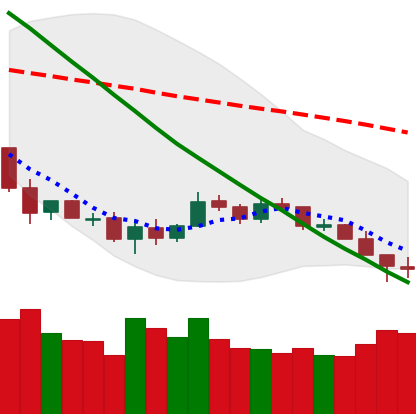
Ticker: LTC-USD
Chart end date: 2018-12-08
Forward return: -4.807%
Label: down_3_5